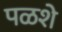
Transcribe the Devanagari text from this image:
पळशे